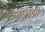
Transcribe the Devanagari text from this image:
बालश्री